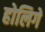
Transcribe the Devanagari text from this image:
होलिगे